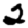
Digit: 2